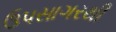
ઉપસાગરથી